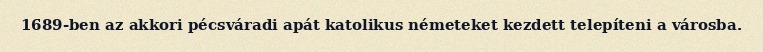
1689-ben az akkori pécsváradi apát katolikus németeket kezdett telepíteni a városba.